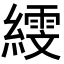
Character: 𦅙